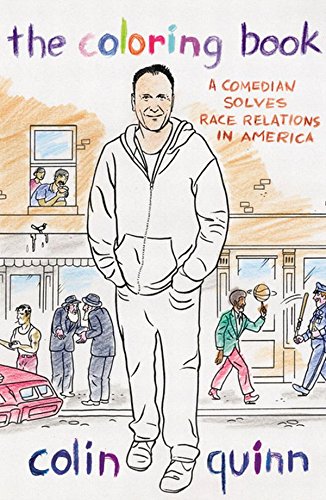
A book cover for The Coloring Book: A Comedian Solves Race Relations in America; Colin Quinn; Humor & Entertainment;